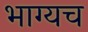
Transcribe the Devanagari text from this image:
भाग्यच